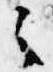
之